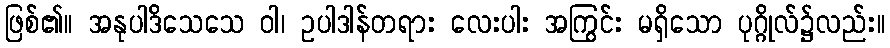
ဖြစ်၏။ အနုပါဒိသေသေ ဝါ၊ ဥပါဒါန်တရား လေးပါး အကြွင်း မရှိသော ပုဂ္ဂိုလ်၌လည်း။